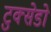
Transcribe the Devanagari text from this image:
टुक्सेडो